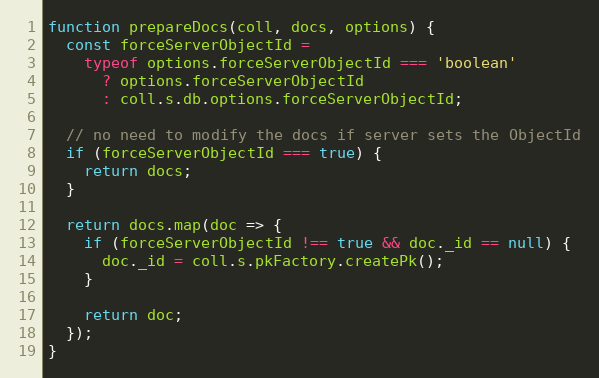
Language: JavaScript
function prepareDocs(coll, docs, options) {
  const forceServerObjectId =
    typeof options.forceServerObjectId === 'boolean'
      ? options.forceServerObjectId
      : coll.s.db.options.forceServerObjectId;

  // no need to modify the docs if server sets the ObjectId
  if (forceServerObjectId === true) {
    return docs;
  }

  return docs.map(doc => {
    if (forceServerObjectId !== true && doc._id == null) {
      doc._id = coll.s.pkFactory.createPk();
    }

    return doc;
  });
}